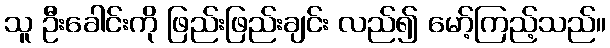
သူ ဦးခေါင်းကို ဖြည်းဖြည်းချင်း လည်၍ မော့်ကြည့်သည်။